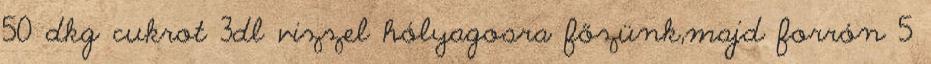
50 dkg cukrot 3dl vizzel hólyagosra főzünk,majd forrón 5